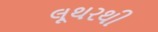
લૂથરથી